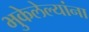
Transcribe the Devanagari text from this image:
भुकेलेल्यांना